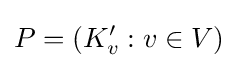
P=(K'_{v}:v\in V)